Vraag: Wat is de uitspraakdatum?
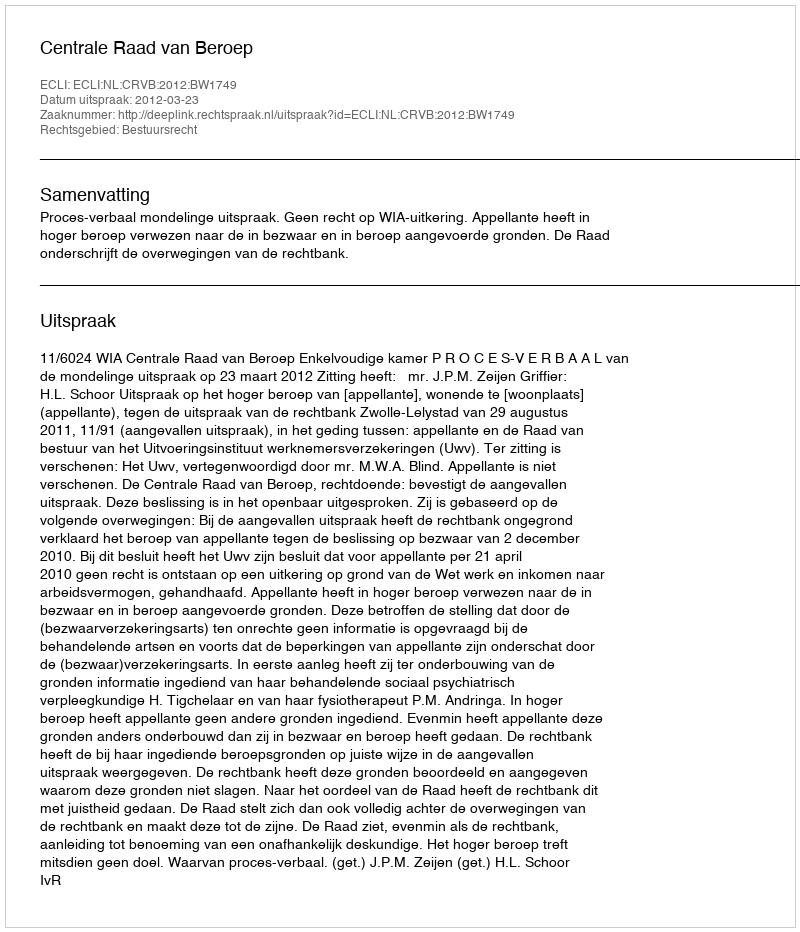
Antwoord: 2012-03-23